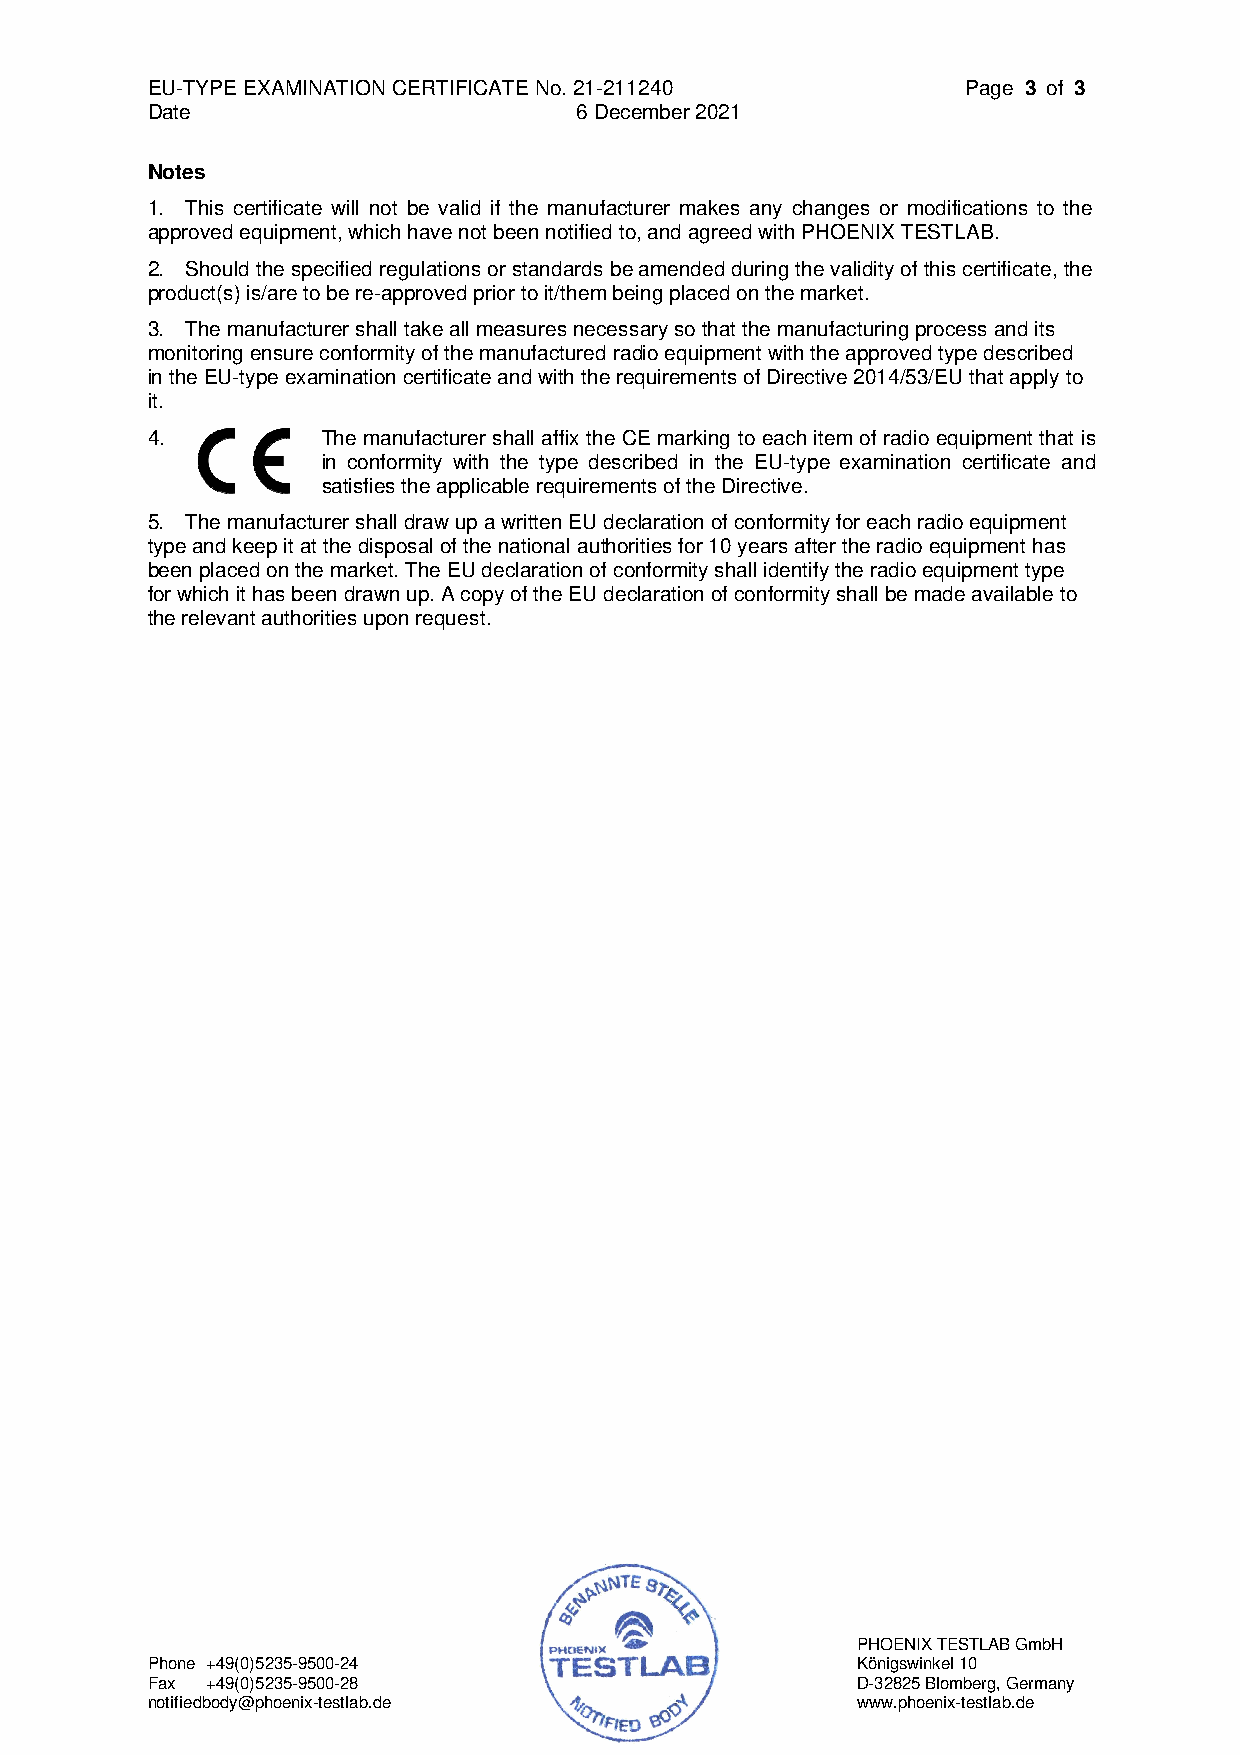
EU-TYPE EXAMINATION CERTIFICATE No. 21-211240         Page 3 of 3
 Date                        6 December 2021
 Notes
 1. This certificate will not be valid if the manufacturer makes any changes or modifications to the
 approved equipment, which have not been notified to, and agreed with PHOENIX TESTLAB.
 2. Should the specified regulations or standards be amended during the validity of this certificate, the
 product(s) is/are to be re-approved prior to it/them being placed on the market.
 3. The manufacturer shall take all measures necessary so that the manufacturing process and its
 monitoring ensure conformity of the manufactured radio equipment with the approved type described
 in the EU-type examination certificate and with the requirements of Directive 2014/53/EU that apply to
 it.
 4.         The manufacturer shall affix the CE marking to each item of radio equipment that is
 in conformity with the type described in the EU-type examination certificate and
 satisfies the applicable requirements of the Directive.
 5. The manufacturer shall draw up a written EU declaration of conformity for each radio equipment
 type and keep it at the disposal of the national authorities for 10 years after the radio equipment has
 been placed on the market. The EU declaration of conformity shall identify the radio equipment type
 for which it has been drawn up. A copy of the EU declaration of conformity shall be made available to
 the relevant authorities upon request.
 PHOENIX TESTLAB GmbH
 Phone +49(0)5235-9500-24                       Königswinkel 10
 Fax +49(0)5235-9500-28                         D-32825 Blomberg, Germany
 notifiedbody@phoenix-testlab.de                www.phoenix-testlab.de